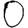
Digit: 0